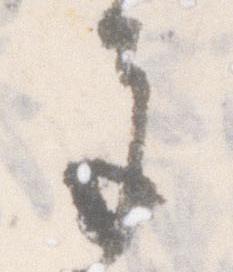
色